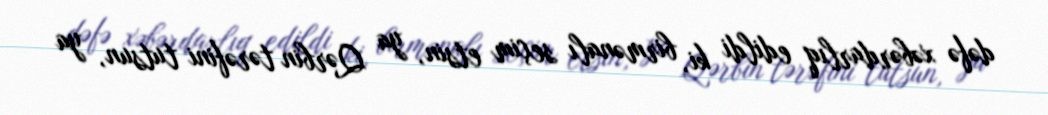
dəfə xəbərdarlıq edildi ki, birmənalı seçim etsin, ya Qərbin tərəfini tutsun, ya